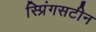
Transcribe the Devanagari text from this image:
स्प्रिंगसटीन